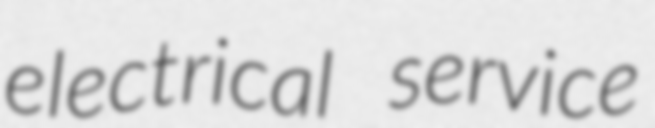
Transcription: electrical service